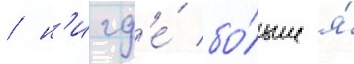
/ н'игд'е́ бо́льше я́